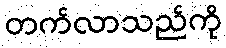
တက်လာသည်ကို